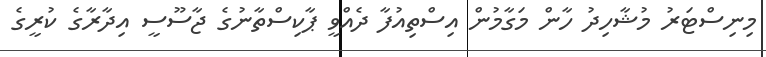
މިނިސްޓަރު މުޝާހިދު ހާން މަގާމުން އިސްތިއުފާ ދެއްވީ ޕާކިސްތާނުގެ ޖާސޫސީ އިދާރާގެ ކުރީގެ